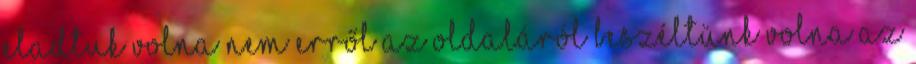
eladtuk volna nem erről az oldaláról beszéltünk volna az